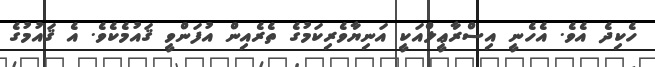
ހެކިދެ އެވެ. އެހެނީ އިސްރާޢީލްއަކީ އަނިޔާވެރިކަމުގެ ތެރެއިން އުފަންވީ ޤައުމެކެވެ. އެ ޤައުމުގެ